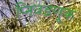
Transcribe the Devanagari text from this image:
प्निवडणूक